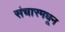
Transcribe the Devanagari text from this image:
संचारमधून